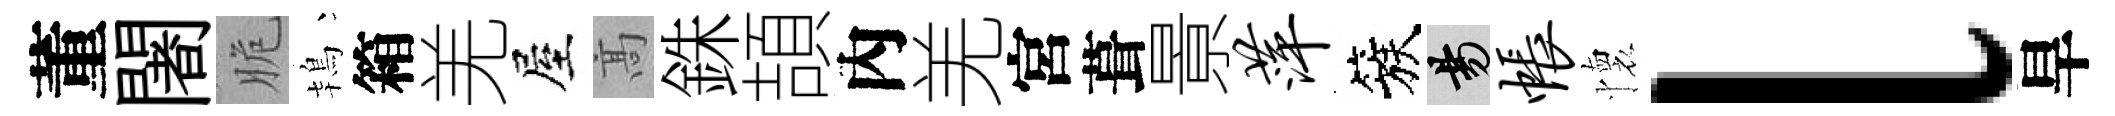
董闍脆鴇箱羌屋髙銖頡內羌宮葺㬌萍簇昜帐懷l旱